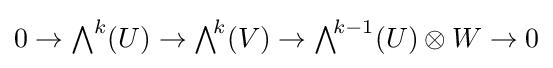
0\to {\textstyle \bigwedge }^{k}(U)\to {\textstyle \bigwedge }^{\!k}(V)\to {\textstyle \bigwedge }^{\!k-1}(U)\otimes W\to 0